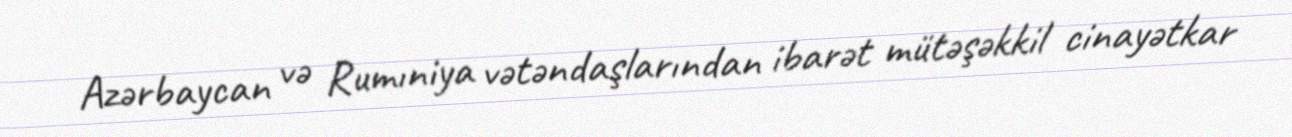
Azərbaycan və Rumıniya vətəndaşlarından ibarət mütəşəkkil cinayətkar